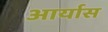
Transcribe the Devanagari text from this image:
आर्यास